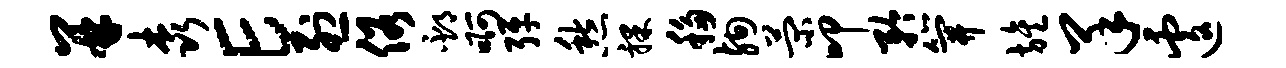
并森E烈俗邳啊弹愁裸移殉菊叩矜笄旌羊遽